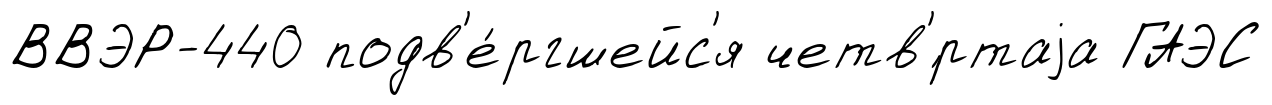
ВВЭР-440 подв'е́ргшейс'я четв'́ртаjа ГАЭС